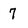
Character: 7